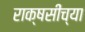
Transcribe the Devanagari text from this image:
राक्षसींच्या